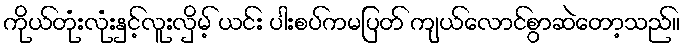
ကိုယ်တုံးလုံးနှင့်လူးလှိမ့် ယင်း ပါးစပ်ကမပြတ် ကျယ်လောင်စွာဆဲတော့သည်။